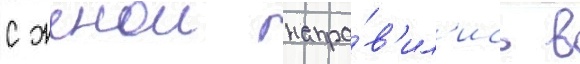
с женои напра́в'ил'ись в